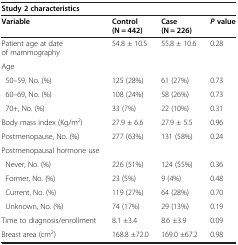
| <COLSPAN=4> Study 2 characteristics |
 | Variable | Control (N = 442) | Case (N = 226) | P value |
 | --- | --- | --- | --- |
 | Patient age at date of mammography | 54.8 ± 10.5 | 55.8 ± 10.6 | 0.28 |
 | Age |  |  |  |
 | 50–59, No. (%) | 125 (28%) | 61 (27%) | 0.73 |
 | 60–69, No. (%) | 108 (24%) | 58 (26%) | 0.73 |
 | 70+, No. (%) | 33 (7%) | 22 (10%) | 0.31 |
 | Body mass index (Kg/m2) | 27.9 ± 6.6 | 27.9 ± 5.5 | 0.96 |
 | Postmenopause, No. (%) | 277 (63%) | 131 (58%) | 0.24 |
 | Postmenopausal hormone use |  |  |  |
 | Never, No. (%) | 226 (51%) | 124 (55%) | 0.36 |
 | Former, No. (%) | 23 (5%) | 9 (4%) | 0.48 |
 | Current, No. (%) | 119 (27%) | 64 (28%) | 0.70 |
 | Unknown, No. (%) | 74 (17%) | 29 (13%) | 0.19 |
 | Time to diagnosis/enrollment | 8.1 ±3.4 | 8.6 ±3.9 | 0.09 |
 | Breast area (cm2) | 168.8 ±72.0 | 169.0 ±67.2 | 0.98 |